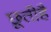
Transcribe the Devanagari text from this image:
छूतीहै